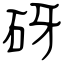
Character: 砑